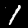
Digit: 1